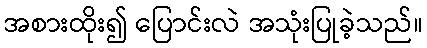
အစားထိုး၍ ပြောင်းလဲ အသုံးပြုခဲ့သည်။